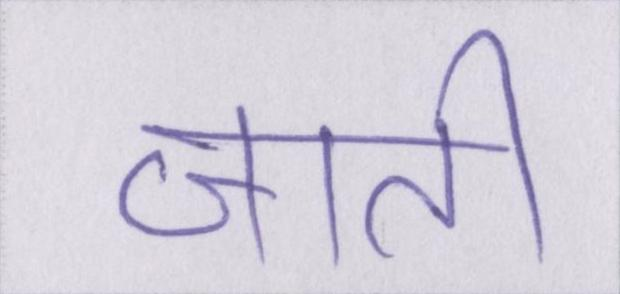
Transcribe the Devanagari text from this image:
जाती